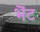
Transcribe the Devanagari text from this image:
भॆंट